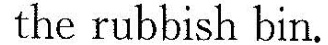
the rubbish bin.